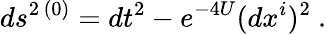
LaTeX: ds^{2\, (0)}=dt^{2}-e^{-4U}(dx^{i})^{2}\ .